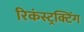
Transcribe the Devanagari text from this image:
रिकंस्ट्रक्टिंग